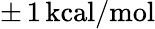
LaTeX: \pm\, 1\, \mathrm{kcal/mol}